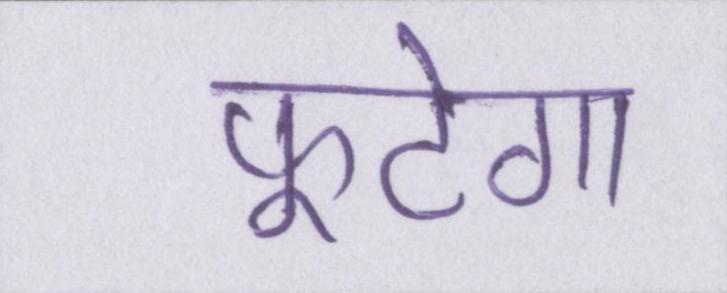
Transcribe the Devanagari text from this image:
फूटेगा